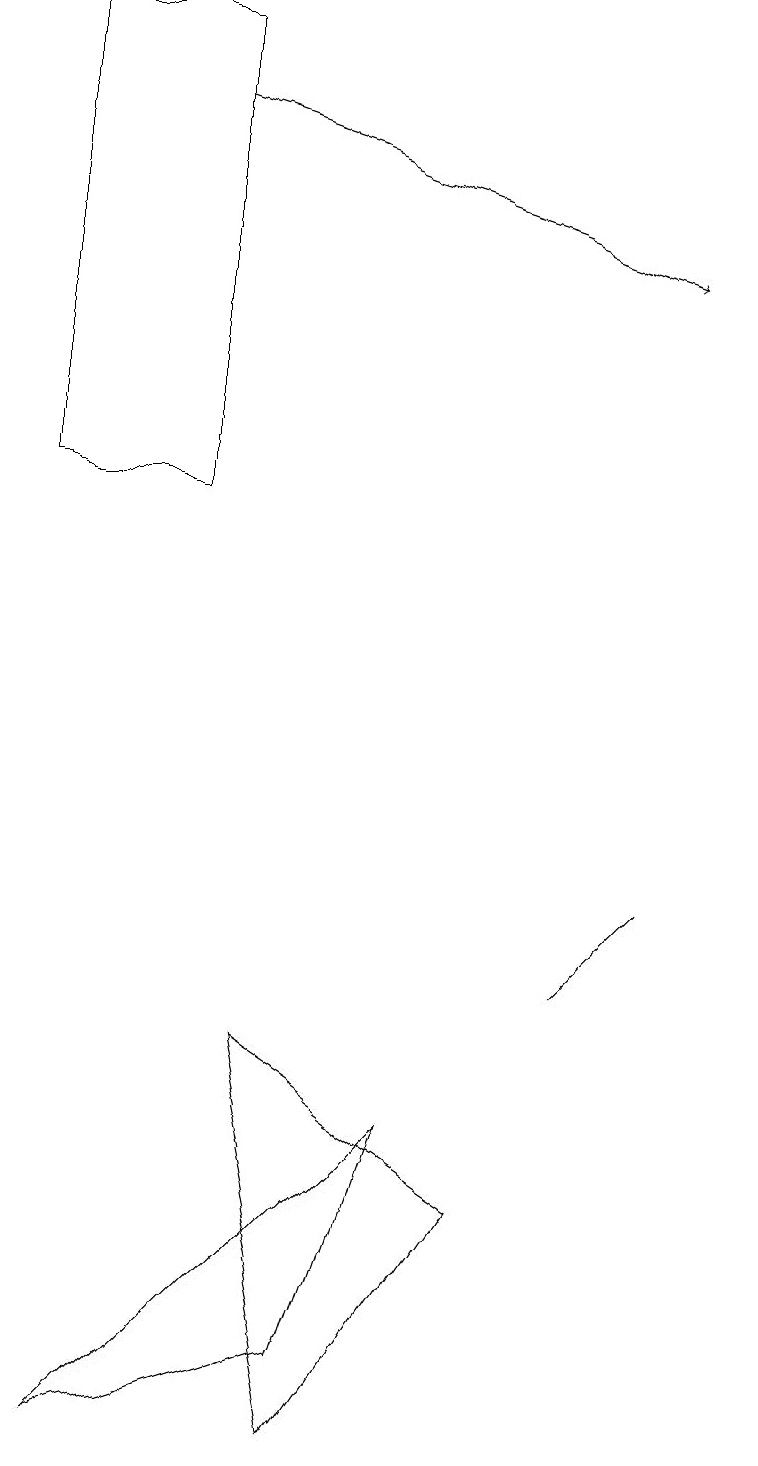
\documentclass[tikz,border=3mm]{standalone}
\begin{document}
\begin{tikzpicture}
\draw (6,4) -- (5,1) -- (2,0) -- cycle;
\draw[->] (3,17) -- (9,15);
\draw (9,7) -- (9,7) -- (8,6) -- cycle;
\draw (10,11) circle (0);
\draw (3,12) rectangle (1,18);
\draw (5,0) -- (4,5) -- (7,3) -- cycle;
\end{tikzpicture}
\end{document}